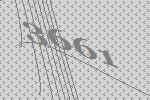
3661